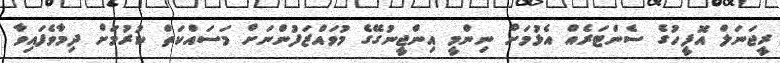
ރީޖަނަލް އޮފީހުގެ ސެންޓަރެއް އެޅުމަށް ނިންމީ އިންޖީނުގޭގެ މުވައްޒަފުންނަށް މަސައްކަތް ކުރުމަށް ދިމާވެފައިވާ